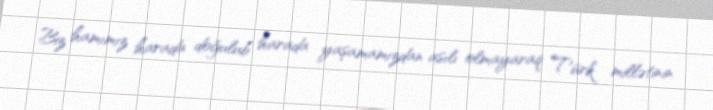
Biz hamımız harada doğulub harada yaşamamızdan asılı olmayaraq Türk millətinin